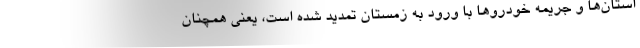
استان‌ها و جریمه خودروها با ورود به زمستان تمدید شده است، یعنی همچنان